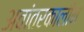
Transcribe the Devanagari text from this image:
अवांतरकालीन